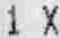
1 X